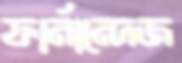
ফার্নান্দেজ